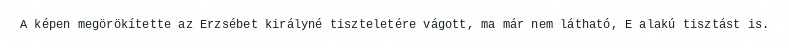
A képen megörökítette az Erzsébet királyné tiszteletére vágott, ma már nem látható, E alakú tisztást is.